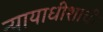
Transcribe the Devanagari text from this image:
न्यायाधीशाची